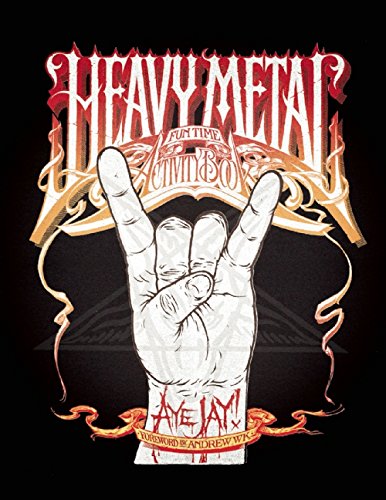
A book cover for Heavy Metal Fun Time Activity Book; Aye Jay Morano; Humor & Entertainment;